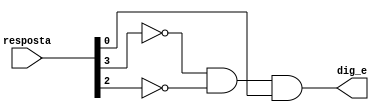
module e(resposta, dig_e);
	input [3:0] resposta;
	output dig_e;
	
	wire aux1, aux2;
	
	not not0(aux1, resposta[3]);
	not not1(aux2, resposta[2]);
	and and0(dig_e, aux1, aux2, resposta[0]);
endmodule